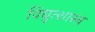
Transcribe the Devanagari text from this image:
विद्युत्शास्त्र